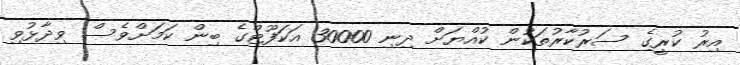
އިރު ކުރީގެ ސަރުކާރުތަކުން ކުއްޔަށް ދިނި 30000 އަކަފޫޓްގެ ބިން ކަމަށްވެސް ވިދާޅުވި